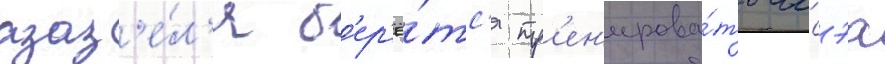
азаз'е́л'я б'ер'ё́тс'я тр'ен'ирова́ть иссэа